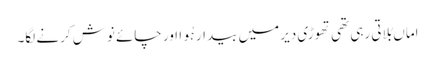
اماں بُلاتی رہی تھی تھوڑی دیر میں بیدار ہُوا اور چائے نوش کرنے لگا۔